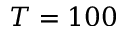
T = 1 0 0